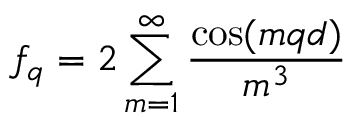
f _ { q } = 2 \sum _ { m = 1 } ^ { \infty } \frac { \cos ( m q d ) } { m ^ { 3 } }